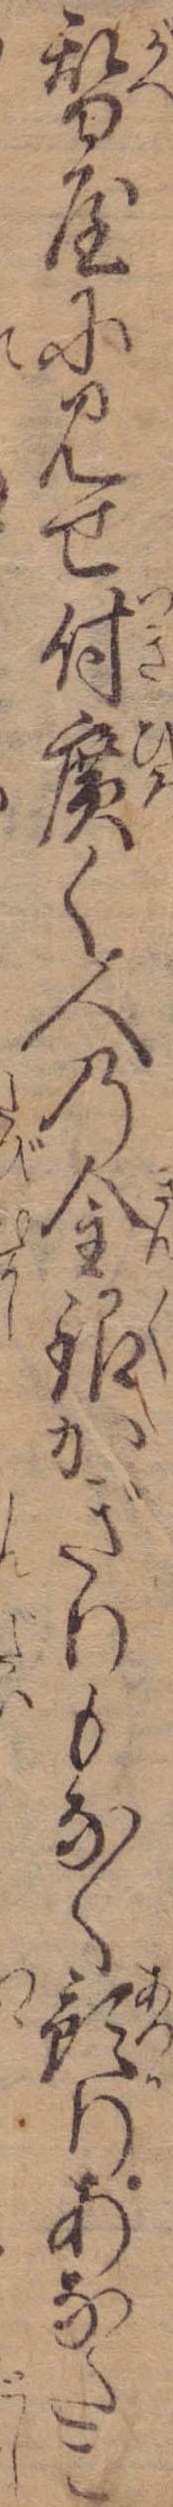
替屋に見せ付広く人の金銀かぎりもなく預りあなたこ